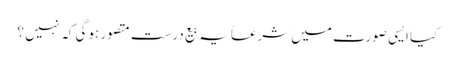
کیا ایسی صورت میں شرعاً یہ بیع درست متصور ہوگی کہ نہیں ؟